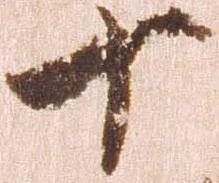
十